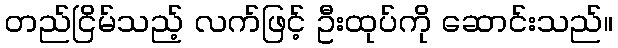
တည်ငြိမ်သည့် လက်ဖြင့် ဦးထုပ်ကို ဆောင်းသည်။